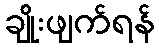
ချိုးဖျက်ရန်